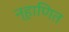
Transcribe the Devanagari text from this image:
न्हाणित